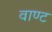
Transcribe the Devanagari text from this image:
वाण्ट